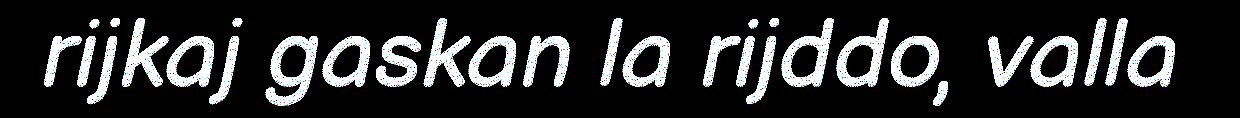
rijkaj gaskan la rijddo, valla